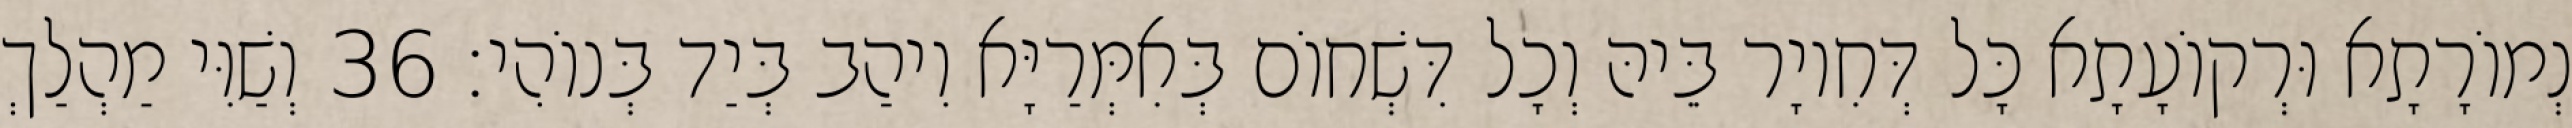
נְמוֹרָתָא וּרְקוֹעָתָא כָּל דְּחִיוָר בֵּיהּ וְכָל דִּשְׁחוֹם בְּאִמְּרַיָּא וִיהַב בְּיַד בְּנוֹהִי׃ 36 וְשַׁוִּי מַהְלַךְ